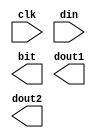
module segLight(
    input clk,//ego 100Mhz
    input [31:0] din,
    output reg[7:0] bit,//
    output reg[7:0] dout1,//
    output reg[7:0] dout2//
);
    parameter _0= 8'hc0,_1 = 8'hf9,_2 = 8'ha4,_3 = 8'hb0,
               _4= 8'h99,_5 =8'h92,_6 = 8'h82,_7 = 8'hf8,
               _8 = 8'h80,_9 = 8'h90,_a=8'h88,_b=8'h83,_c=8'hc6,_d=8'ha1,_e=8'h86,_f=8'h8e;
    reg[1:0] ctrl;
    reg[20:0] cnt;
    wire clk_200hz;

endmodule